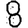
Digit: 8